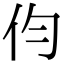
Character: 伨